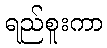
ရည်စူးကာ